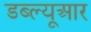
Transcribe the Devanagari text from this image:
डब्‍ल्‍यूआर